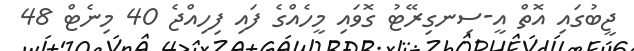
ޖީބުގައި އޮތް އީ-ސިނގިރޭޓު ގޮވައި މީހެއްގެ ފައި ފިހިއްޖެ 40 މިނެޓް 48